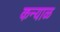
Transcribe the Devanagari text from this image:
कन्याळ